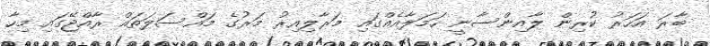
ބާރަ އަހަރު ކުރިން ލާއިންސާނީ ހަމަލާއެއްގައި މަރާލިއިރު މަރުގެ މައްސަލަތައް ރާއްޖޭގައި މިހާ